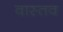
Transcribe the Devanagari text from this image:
वास्तव